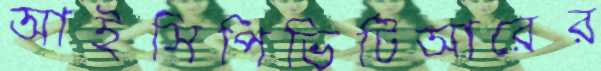
আইসিপিভিটিআরের